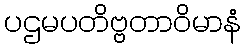
ပဌမပတိဗ္ဗတာဝိမာနံ